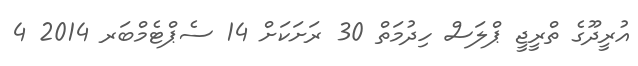
އުރީދޫގެ ތްރީޖީ ޕްލަސް ހިދުމަތް 30 ރަށަކަށް 14 ސެޕްޓެމްބަރ 2014 4